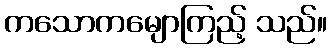
ကသောကမျောကြည့် သည်။